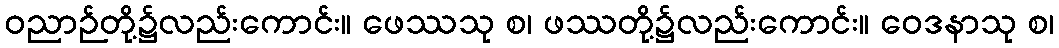
ဝညာဉ်တို့၌လည်းကောင်း။ ဖေဿသု စ၊ ဖဿတို့၌လည်းကောင်း။ ဝေဒနာသု စ၊